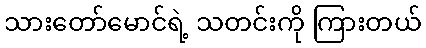
သားတော်မောင်ရဲ့ သတင်းကို ကြားတယ်